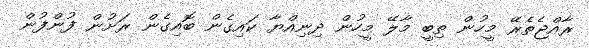
ރާއްޖެތެރޭ މީހުން ތިބީ މާލޭ މީހުން ދިނިއްޔާ ކައިގެން ބޮއިގެން ރަށުން ފުންފުން